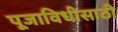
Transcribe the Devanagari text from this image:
पूजाविधीसाठी